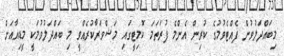
މިބައްދަލުވުން ފެއްޓެވުމުގެ ކުރިން އެންމެ ފުރަތަމަ ކޮމިޓީގައި މަޝްވަރާކުރެއްވީ މި ބައްދަލުވުމަކީ މީޑިއާއަށް